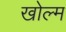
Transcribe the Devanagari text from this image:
खोल्म